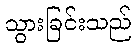
သွားခြင်းသည်